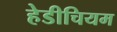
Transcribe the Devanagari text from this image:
हेडीचियम